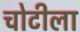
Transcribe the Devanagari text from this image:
चोटीला